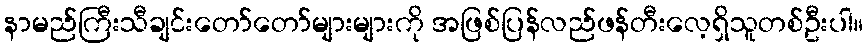
နာမည်ကြီးသီချင်းတော်တော်များများကို အဖြစ်ပြန်လည်ဖန်တီးလေ့ရှိသူတစ်ဦးပါ။